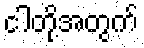
ငါတို့အတွက်